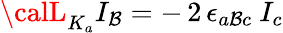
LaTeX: {\calL}_{K_{a}}I_{\mathcal{B}}=-\, 2\, \epsilon_{a\mathcal{B}c}\ I_{c}